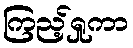
ကြည့်ရှုကာ